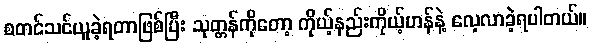
စတင်သင်ယူခဲ့ရတာဖြစ်ပြီး သုတ္တန်ကိုတော့ ကိုယ့်နည်းကိုယ့်ဟန်နဲ့ လေ့လာခဲ့ရပါတယ်။